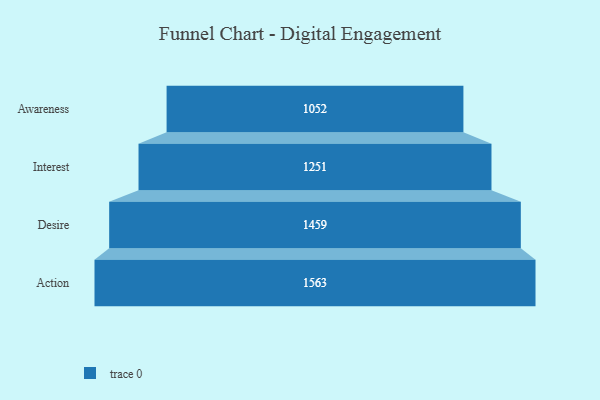
{"axis": {"x": "Stage", "y": "Value"}, "legend": [""], "data": [{"x": "Awareness", "y": 1052.0, "type": ""}, {"x": "Interest", "y": 1251.0, "type": ""}, {"x": "Desire", "y": 1459.0, "type": ""}, {"x": "Action", "y": 1563.0, "type": ""}]}